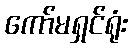
ကော်မရှင်ရုံး